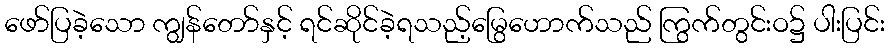
ဖော်ပြခဲ့သော ကျွန်တော်နှင့် ရင်ဆိုင်ခဲ့ရသည့်မြွေဟောက်သည် ကြွက်တွင်းဝ၌ ပါးပြင်း